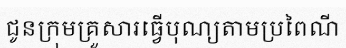
ជូនក្រុមគ្រួសារធ្វើបុណ្យតាមប្រពៃណី